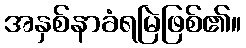
အနှစ်နာခံရမြဲဖြစ်၏။